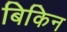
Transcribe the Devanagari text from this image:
बिकिन